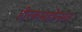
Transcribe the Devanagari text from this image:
हीरकमहोत्सव